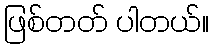
ဖြစ်တတ် ပါတယ်။